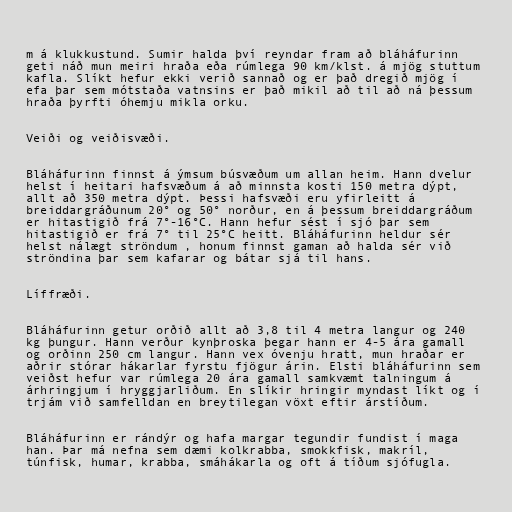
m á klukkustund. Sumir halda því reyndar fram að bláháfurinn
geti náð mun meiri hraða eða rúmlega 90 km/klst. á mjög stuttum
kafla. Slíkt hefur ekki verið sannað og er það dregið mjög í
efa þar sem mótstaða vatnsins er það mikil að til að ná þessum
hraða þyrfti óhemju mikla orku.

Veiði og veiðisvæði.

Bláháfurinn finnst á ýmsum búsvæðum um allan heim. Hann dvelur
helst í heitari hafsvæðum á að minnsta kosti 150 metra dýpt,
allt að 350 metra dýpt. Þessi hafsvæði eru yfirleitt á
breiddargráðunum 20° og 50° norður, en á þessum breiddargráðum
er hitastigið frá 7°-16°C. Hann hefur sést í sjó þar sem
hitastigið er frá 7° til 25°C heitt. Bláháfurinn heldur sér
helst nálægt ströndum , honum finnst gaman að halda sér við
ströndina þar sem kafarar og bátar sjá til hans.

Líffræði.

Bláháfurinn getur orðið allt að 3,8 til 4 metra langur og 240
kg þungur. Hann verður kynþroska þegar hann er 4-5 ára gamall
og orðinn 250 cm langur. Hann vex óvenju hratt, mun hraðar er
aðrir stórar hákarlar fyrstu fjögur árin. Elsti bláháfurinn sem
veiðst hefur var rúmlega 20 ára gamall samkvæmt talningum á
árhringjum í hryggjarliðum. En slíkir hringir myndast líkt og í
trjám við samfelldan en breytilegan vöxt eftir árstíðum.

Bláháfurinn er rándýr og hafa margar tegundir fundist í maga
han. Þar má nefna sem dæmi kolkrabba, smokkfisk, makríl,
túnfisk, humar, krabba, smáhákarla og oft á tíðum sjófugla.